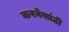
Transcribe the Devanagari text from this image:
करनेसांठी